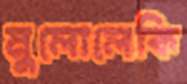
মুলোলেকি